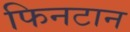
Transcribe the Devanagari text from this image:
फिनटान